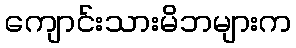
ကျောင်းသားမိဘများက